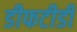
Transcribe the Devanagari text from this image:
डीफटीडी